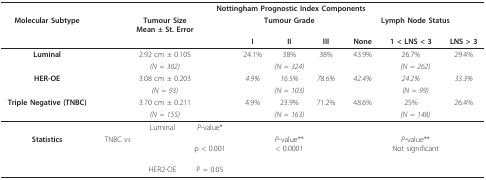
|  | <COLSPAN=9> Nottingham Prognostic Index Components |
 | Molecular Subtype | <COLSPAN=3> Tumour SizeMean ± St. Error | <COLSPAN=3> Tumour Grade | <COLSPAN=3> Lymph Node Status |
 |  |  |  |  | I | II | III | None | 1 < LNS < 3 | LNS > 3 |
 | --- | --- | --- | --- | --- | --- | --- | --- | --- | --- |
 | Luminal | <COLSPAN=3> 2.92 cm ± 0.105 | 24.1% | 38% | 38% | 43.9% | 26.7% | 29.4% |
 |  | <COLSPAN=3> (N = 302) | <COLSPAN=3> (N = 324) | <COLSPAN=3> (N = 262) |
 | HER-OE | <COLSPAN=3> 3.08 cm ± 0.203 | 4.9% | 16.5% | 78.6% | 42.4% | 24.2% | 33.3% |
 |  | <COLSPAN=3> (N = 93) | <COLSPAN=3> (N = 103) | <COLSPAN=3> (N = 99) |
 | Triple Negative (TNBC) | <COLSPAN=3> 3.70 cm ± 0.211 | 4.9% | 23.9% | 71.2% | 48.6% | 25% | 26.4% |
 |  | <COLSPAN=3> (N = 155) | <COLSPAN=3> (N = 163) | <COLSPAN=3> (N = 148) |
 |  |  | Luminal | P-value* |  |  |  |  |  |  |
 | Statistics | TNBC vs |  | p < 0.001 | <COLSPAN=3> P-value**< 0.0001 | <COLSPAN=3> P-value**Not significant |
 |  |  | HER2-OE | P = 0.05 |  |  |  |  |  |  |